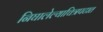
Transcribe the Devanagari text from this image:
निघालेल्याचित्रपटात